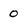
Character: 0